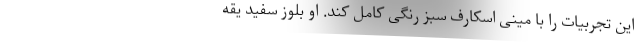
این تجربیات را با مینی اسکارف سبز رنگی کامل کند. او بلوز سفید یقه